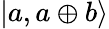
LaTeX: |a,a\oplus b\rangle